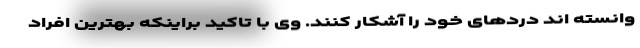
وانسته اند دردهای خود را آشکار کنند. وی با تاکید براینکه بهترین افراد